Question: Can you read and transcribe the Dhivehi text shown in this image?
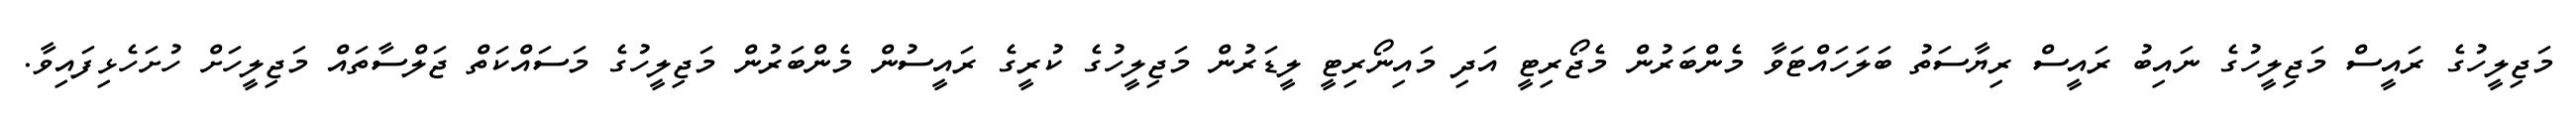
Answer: މަޖިލީހުގެ ރައީސް މަޖިލީހުގެ ނައިބު ރައީސް ރިޔާސަތު ބަލަހައްޓަވާ މެންބަރުން މެޖޯރިޓީ އަދި މައިނޯރިޓީ ލީޑަރުން މަޖިލީހުގެ ކުރީގެ ރައީސުން މެންބަރުން މަޖިލީހުގެ މަސައްކަތް ޖަލްސާތައް މަޖިލީހަށް ހުށަހެޅިފައިވާ.